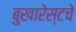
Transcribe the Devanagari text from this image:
बुखारेस्टचे